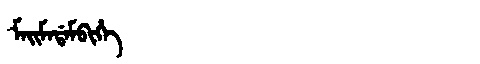
Manchu: ᠮᠠᡳᠮᠠᡩᠠᠮᠪᡳᡥᡝ
Romanization: MAIMADAMBIHE